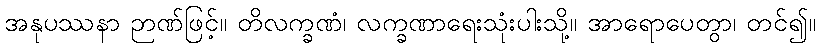
အနုပဿနာ ဉာဏ်ဖြင့်။ တိလက္ခဏံ၊ လက္ခဏာရေးသုံးပါးသို့။ အာရောပေတွာ၊ တင်၍။